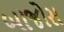
બાજોસ